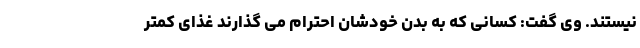
نیستند. وی گفت: کسانی که به بدن خودشان احترام می گذارند غذای کمتر